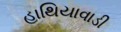
હાથિયાવાડી